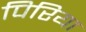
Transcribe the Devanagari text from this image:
पिरिया